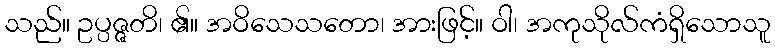
သည်။ ဥပ္ပဇ္ဇတိ၊ ၏။ အဝိသေသတော၊ အားဖြင့်။ ဝါ၊ အကုသိုလ်ကံရှိသောသူ